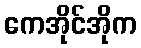
ကေအိုင်အိုက